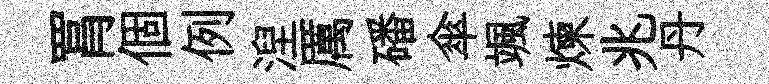
罥個例湼厲磻傘颯煉兆丹